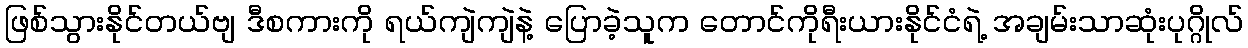
ဖြစ်သွားနိုင်တယ်ဗျ ဒီစကားကို ရယ်ကျဲကျဲနဲ့ ပြောခဲ့သူက တောင်ကိုရီးယားနိုင်ငံရဲ့ အချမ်းသာဆုံးပုဂ္ဂိုလ်